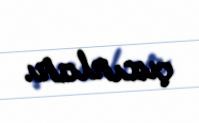
çıxırlar.